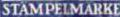
STÄMPELMARKE